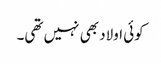
کوئی اولاد بھی نہیں تھی۔